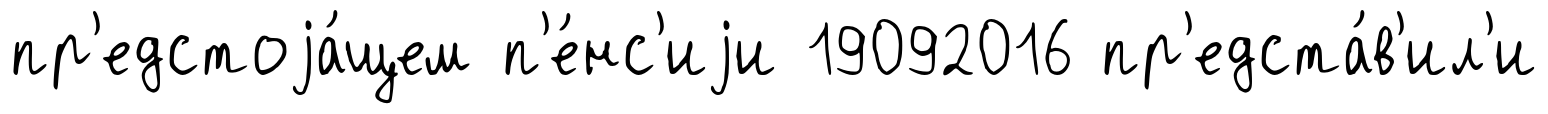
пр'едстоjа́щем п'е́нс'иjи 19092016 пр'едста́в'ил'и